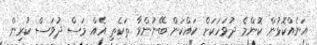
އަނެއްކޮޅުން ކޮންމެ ދުވަހަކަށް ކައްކަން ބޭނުންވާ ތަކެތި އެއް މަސް ދުވަސް ކުރިން